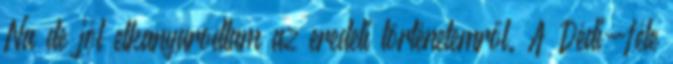
Na de jól elkanyarodtam az eredeti történetemről. A Dédi-féle